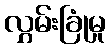
လွှမ်းခြုံမှု